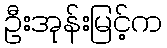
ဦးအုန်းမြင့်က